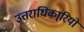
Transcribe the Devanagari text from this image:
उत्तराधिका्रियों